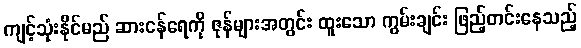
ကျင့်သုံးနိုင်မည် ဆားငန်ရေကို ဇုန်များအတွင်း ထူးသော ကွမ်းချင်း ဖြည့်တင်းနေသည့်